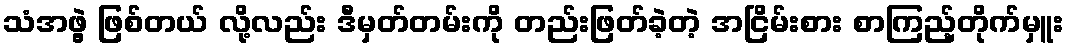
သံအဖွဲ့ ဖြစ်တယ် လို့လည်း ဒီမှတ်တမ်းကို တည်းဖြတ်ခဲ့တဲ့ အငြိမ်းစား စာကြည့်တိုက်မှူး